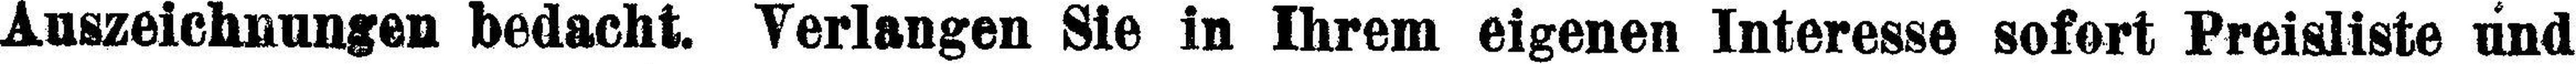
Auszeichnungen bedacht. Verlangen Sie in Ihrem eigenen Interesse sofort Preisliste und